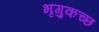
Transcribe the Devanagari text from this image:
भृगुकच्छ